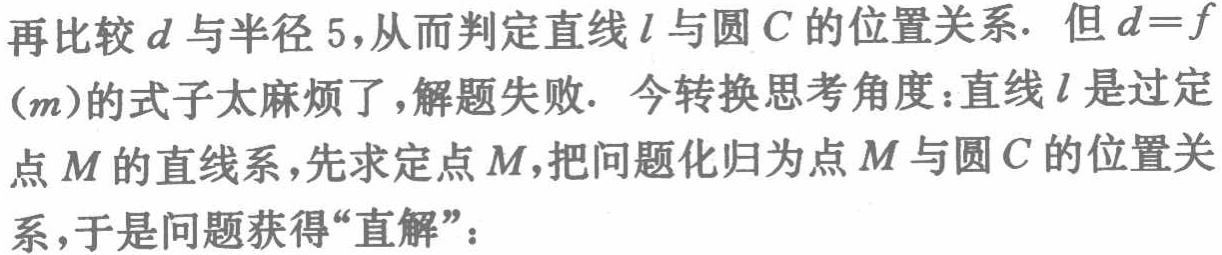
再比较\(d\)与半径\(5\)，从而判定直线\(l\)与圆\(C\)的位置关系. 但\(d = f\)
\((m)\)的式子太麻烦了，解题失败. 今转换思考角度：直线\(l\)是过定
点\(M\)的直线系，先求定点\(M\)，把问题化归为点\(M\)与圆\(C\)的位置关
系，于是问题获得“直解”：